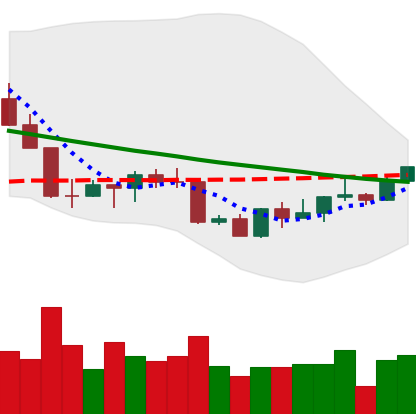
Ticker: LINK-USD
Chart end date: 2022-09-05
Forward return: 7.461%
Label: up_7plus